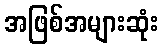
အဖြစ်အများဆုံး